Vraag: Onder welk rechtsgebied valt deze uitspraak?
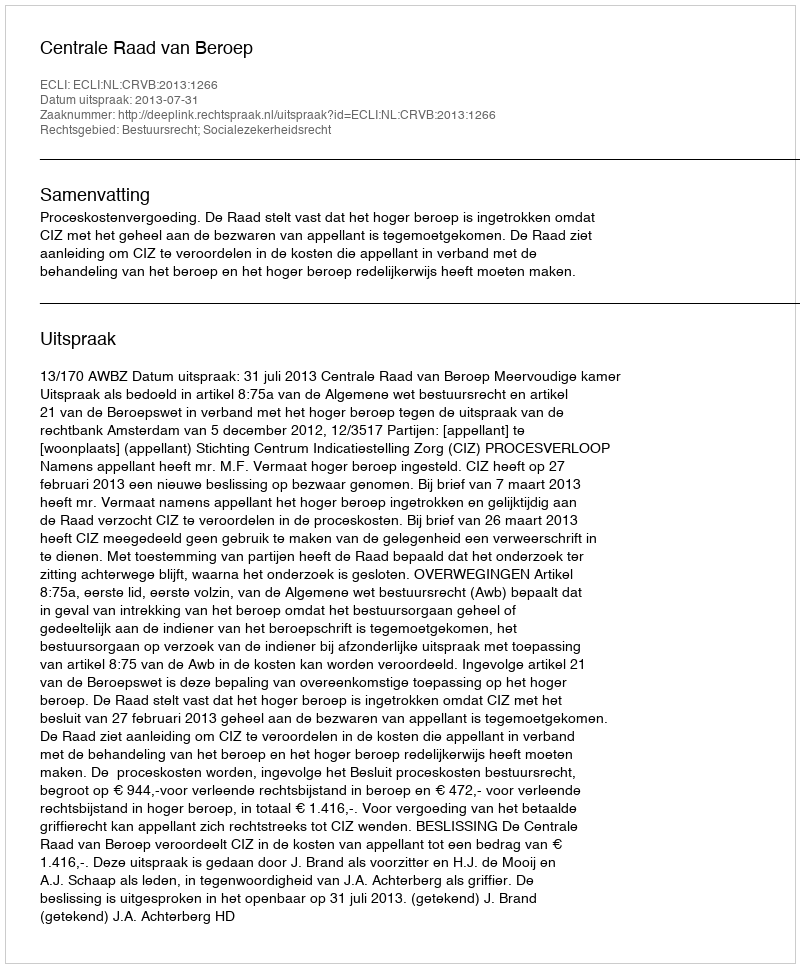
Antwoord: Bestuursrecht; Socialezekerheidsrecht